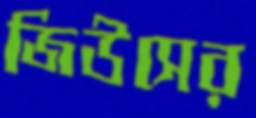
জিউসের